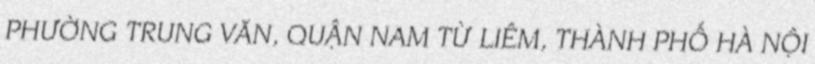
PHƯỜNG TRUNG VĂN, QUẬN NAM TỪ LIÊM, THÀNH PHỐ HÀ NỘI